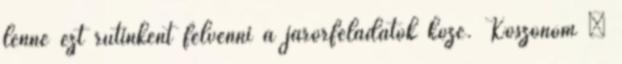
lenne ezt rutinként felvenni a járőrfeladatok közé. Köszönöm –